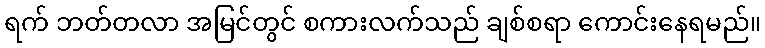
ရက် ဘတ်တလာ အမြင်တွင် စကားလက်သည် ချစ်စရာ ကောင်းနေရမည်။